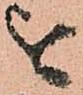
を